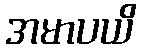
အမာပယိ